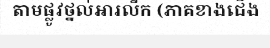
តាមផ្លូវថ្នល់អារលីក (ភាគខាងជើង